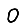
Digit: 0